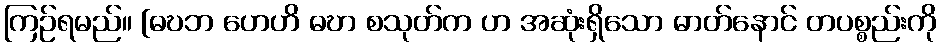
ကြဉ်ရမည်။ [ဓဎဘ ဟေဟိ ဓဎာ စသုတ်က ဟ အဆုံးရှိသော ဓာတ်နောင် တပစ္စည်းကို